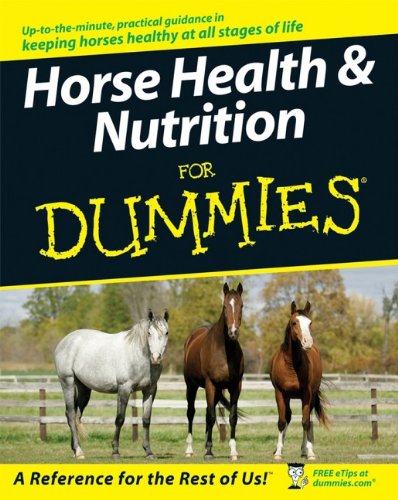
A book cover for Horse Health and Nutrition For Dummies; Audrey Pavia; Crafts, Hobbies & Home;